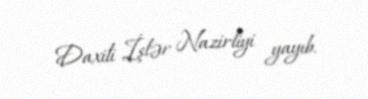
Daxili İşlər Nazirliyi yayıb.